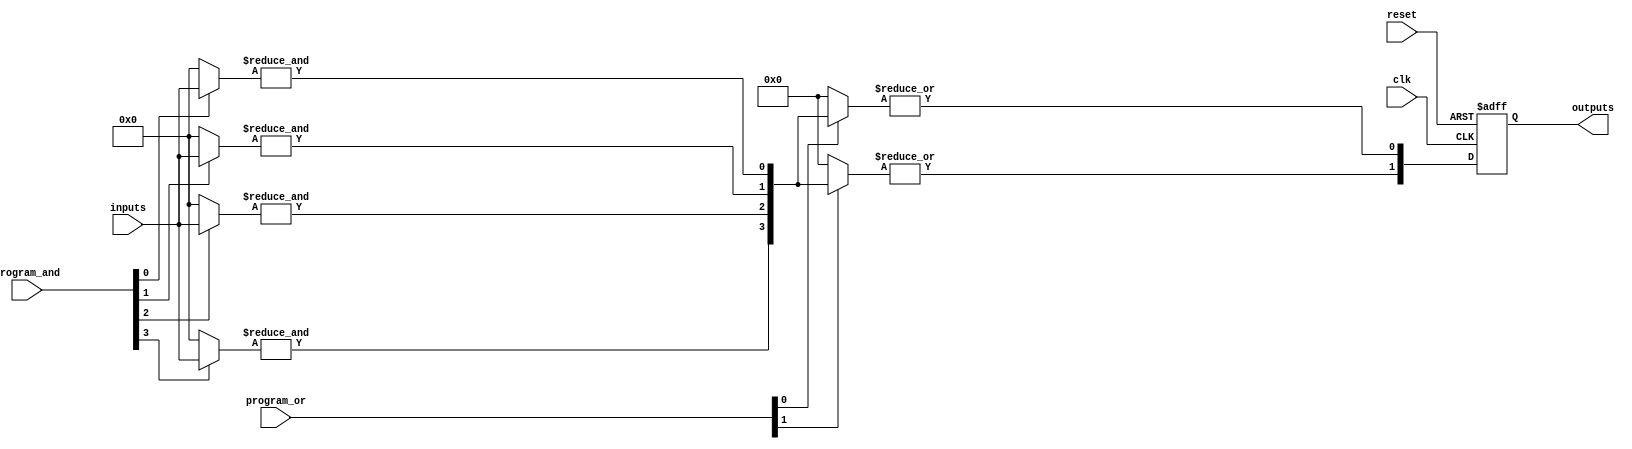
module FlashProgrammablePAL (
    input wire [N-1:0] inputs,         // N input lines
    input wire [M-1:0] program_and,     // M programmable AND connections
    input wire [P-1:0] program_or,      // P programmable OR connections
    input wire clk,                     // Clock signal
    input wire reset,                   // Reset signal
    output reg [O-1:0] outputs          // O output lines
);
    parameter N = 8;                    // Number of input lines
    parameter M = 4;                    // Number of AND gates
    parameter P = 4;                    // Number of OR gates
    parameter O = 2;                    // Number of output lines

    // Internal signals
    wire [M-1:0] and_outputs;           // Outputs of the AND gates
    wire [P-1:0] or_outputs;             // Outputs of the OR gates

    // Programmable AND array
    genvar i, j;
    generate
        for (i = 0; i < M; i = i + 1) begin : and_array
            wire [N-1:0] and_inputs;
            assign and_inputs = program_and[i] ? inputs : {N{1'b0}}; // Select inputs based on programming
            assign and_outputs[i] = &and_inputs; // AND operation
        end
    endgenerate

    // Programmable OR array
    generate
        for (j = 0; j < P; j = j + 1) begin : or_array
            wire [M-1:0] or_inputs;
            assign or_inputs = program_or[j] ? and_outputs : {M{1'b0}}; // Select AND outputs based on programming
            assign or_outputs[j] = |or_inputs; // OR operation
        end
    endgenerate

    // Control logic for outputs
    always @(posedge clk or posedge reset) begin
        if (reset) begin
            outputs <= {O{1'b0}}; // Reset outputs
        end else begin
            // Assign outputs based on programmed OR outputs
            outputs <= or_outputs; // Final output logic
        end
    end

endmodule